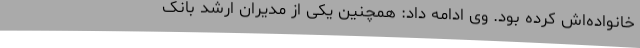
خانواده‌اش کرده بود. وی ادامه داد: همچنین یکی از مدیران ارشد بانک